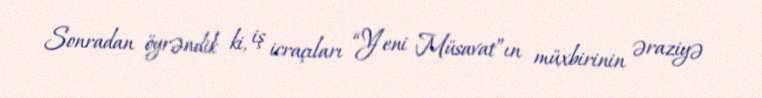
Sonradan öyrəndik ki, iş icraçıları “Yeni Müsavat”ın müxbirinin əraziyə